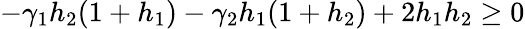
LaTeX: -\gamma_{1}h_{2}(1+h_{1})-\gamma_{2}h_{1}(1+h_{2})+2h_{1}h_{2}\geq 0